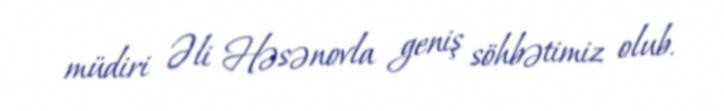
müdiri Əli Həsənovla geniş söhbətimiz olub.